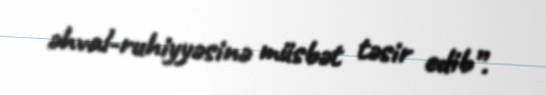
əhval-ruhiyyəsinə müsbət təsir edib”.